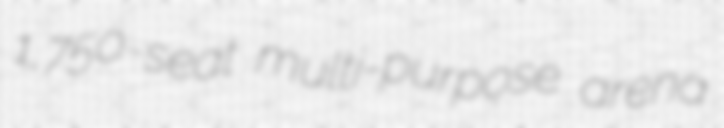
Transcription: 1,750-seat multi-purpose arena